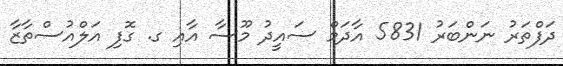
ދަފްތަރު ނަންބަރު 5831 އާދަމް ސައީދު މޫސާ އާއި ގ. ގޮފި އަލްއުސްތާޒާ